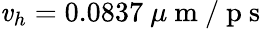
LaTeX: \mathit{v}_{h}=0.0837~\mu\mathrm{{~m~/~p~s~}}